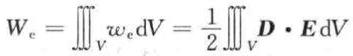
$W_{\mathrm{e}}=\iiint_{V} w_{\mathrm{e}} \mathrm{d} V=\frac{1}{2} \iiint_{V} \boldsymbol{D} \cdot \boldsymbol{E} \mathrm{d} V$